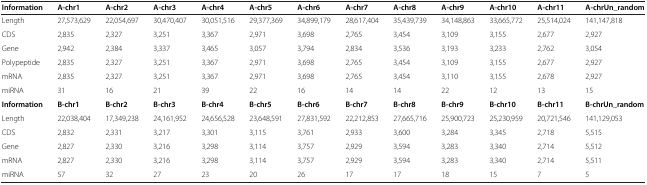
<table><thead><tr><td><b>Information</b></td><td><b>A-chr1</b></td><td><b>A-chr2</b></td><td><b>A-chr3</b></td><td><b>A-chr4</b></td><td><b>A-chr5</b></td><td><b>A-chr6</b></td><td><b>A-chr7</b></td><td><b>A-chr8</b></td><td><b>A-chr9</b></td><td><b>A-chr10</b></td><td><b>A-chr11</b></td><td><b>A-chrUn_random</b></td></tr></thead><tbody><tr><td>Length</td><td>27,573,629</td><td>22,054,697</td><td>30,470,407</td><td>30,051,516</td><td>29,377,369</td><td>34,899,179</td><td>28,617,404</td><td>35,439,739</td><td>34,148,863</td><td>33,665,772</td><td>25,514,024</td><td>141,147,818</td></tr><tr><td>CDS</td><td>2,835</td><td>2,327</td><td>3,251</td><td>3,367</td><td>2,971</td><td>3,698</td><td>2,765</td><td>3,454</td><td>3,109</td><td>3,155</td><td>2,677</td><td>2,927</td></tr><tr><td>Gene</td><td>2,942</td><td>2,384</td><td>3,337</td><td>3,465</td><td>3,057</td><td>3,794</td><td>2,834</td><td>3,536</td><td>3,193</td><td>3,233</td><td>2,762</td><td>3,054</td></tr><tr><td>Polypeptide</td><td>2,835</td><td>2,327</td><td>3,251</td><td>3,367</td><td>2,971</td><td>3,698</td><td>2,765</td><td>3,454</td><td>3,109</td><td>3,155</td><td>2,677</td><td>2,927</td></tr><tr><td>mRNA</td><td>2,835</td><td>2,327</td><td>3,251</td><td>3,367</td><td>2,971</td><td>3,698</td><td>2,765</td><td>3,454</td><td>3,110</td><td>3,155</td><td>2,678</td><td>2,927</td></tr><tr><td>miRNA</td><td>31</td><td>16</td><td>21</td><td>39</td><td>22</td><td>16</td><td>14</td><td>14</td><td>22</td><td>12</td><td>13</td><td>15</td></tr><tr><td><b>Information</b></td><td><b>B-chr1</b></td><td><b>B-chr2</b></td><td><b>B-chr3</b></td><td><b>B-chr4</b></td><td><b>B-chr5</b></td><td><b>B-chr6</b></td><td><b>B-chr7</b></td><td><b>B-chr8</b></td><td><b>B-chr9</b></td><td><b>B-chr10</b></td><td><b>B-chr11</b></td><td><b>B-chrUn_random</b></td></tr><tr><td>Length</td><td>22,038,404</td><td>17,349,238</td><td>24,161,952</td><td>24,656,528</td><td>23,648,591</td><td>27,831,592</td><td>22,212,853</td><td>27,665,716</td><td>25,900,723</td><td>25,230,959</td><td>20,721,546</td><td>141,129,053</td></tr><tr><td>CDS</td><td>2,832</td><td>2,331</td><td>3,217</td><td>3,301</td><td>3,115</td><td>3,761</td><td>2,933</td><td>3,600</td><td>3,284</td><td>3,345</td><td>2,718</td><td>5,515</td></tr><tr><td>Gene</td><td>2,827</td><td>2,330</td><td>3,216</td><td>3,298</td><td>3,114</td><td>3,757</td><td>2,929</td><td>3,594</td><td>3,283</td><td>3,340</td><td>2,714</td><td>5,512</td></tr><tr><td>mRNA</td><td>2,827</td><td>2,330</td><td>3,216</td><td>3,298</td><td>3,114</td><td>3,757</td><td>2,929</td><td>3,594</td><td>3,283</td><td>3,340</td><td>2,714</td><td>5,511</td></tr><tr><td>miRNA</td><td>57</td><td>32</td><td>27</td><td>23</td><td>20</td><td>26</td><td>17</td><td>17</td><td>18</td><td>15</td><td>7</td><td>5</td></tr></tbody></table>